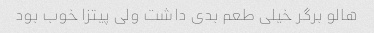
هالو برگر خیلی طعم بدی داشت ولی پیتزا خوب بود